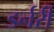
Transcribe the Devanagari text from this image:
डर्नरी